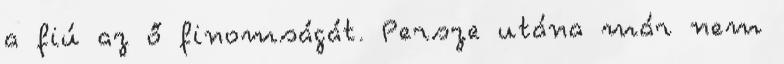
a fiú az ő finomságát. Persze utána már nem